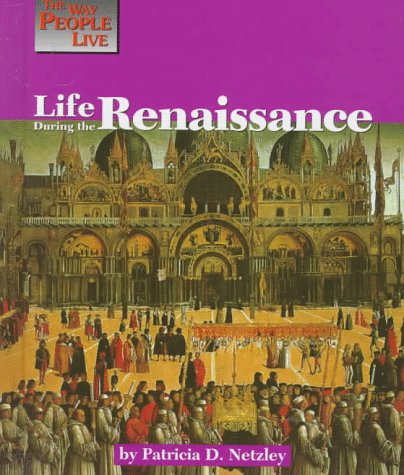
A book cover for Life During the Renaissance (Way People Live); Patricia D. Netzley; Children's Books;